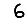
Digit: 6